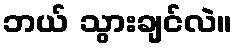
ဘယ် သွားချင်လဲ။